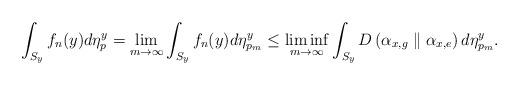
LaTeX: \begin{align*}\int_{S_{y}}f_{n}(y)d\eta_{p}^{y}=\lim_{m\to\infty}\int_{S_{y}}f_{n}(y)d\eta_{p_{m}}^{y}\le\liminf_{m\to\infty}\int_{S_{y}}D\left(\alpha_{x,g}\parallel\alpha_{x,e}\right)d\eta_{p_{m}}^{y}.\end{align*}